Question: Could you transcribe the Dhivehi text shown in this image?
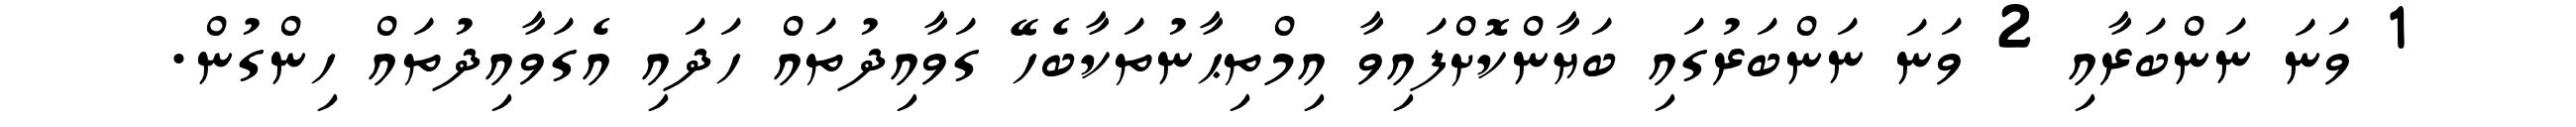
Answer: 1 ވަނަ ނަންބަރާއި 2 ވަނަ ނަންބަރުގައި ބަޔާންކޮށްފައިވާ އިމްތިޙާނުތަކާބެހޭ ގަވާއިދުތައް ހަދައި އެގަވާއިދުތައް ހިންގުން.